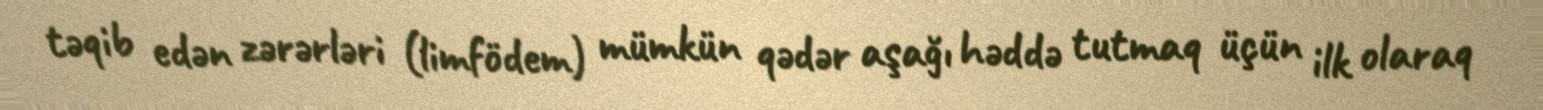
təqib edən zərərləri (limfödem) mümkün qədər aşağı həddə tutmaq üçün ilk olaraq